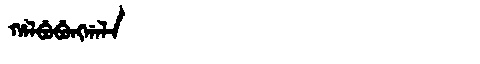
Manchu: ᡥᠠᠯᠪᡠᠪᡠᠩᡤᠠᠯᠠ
Romanization: HALBUBUNGGALA